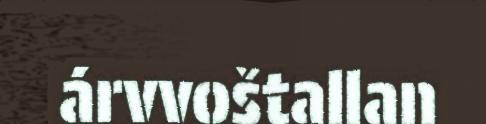
árvvoštallan